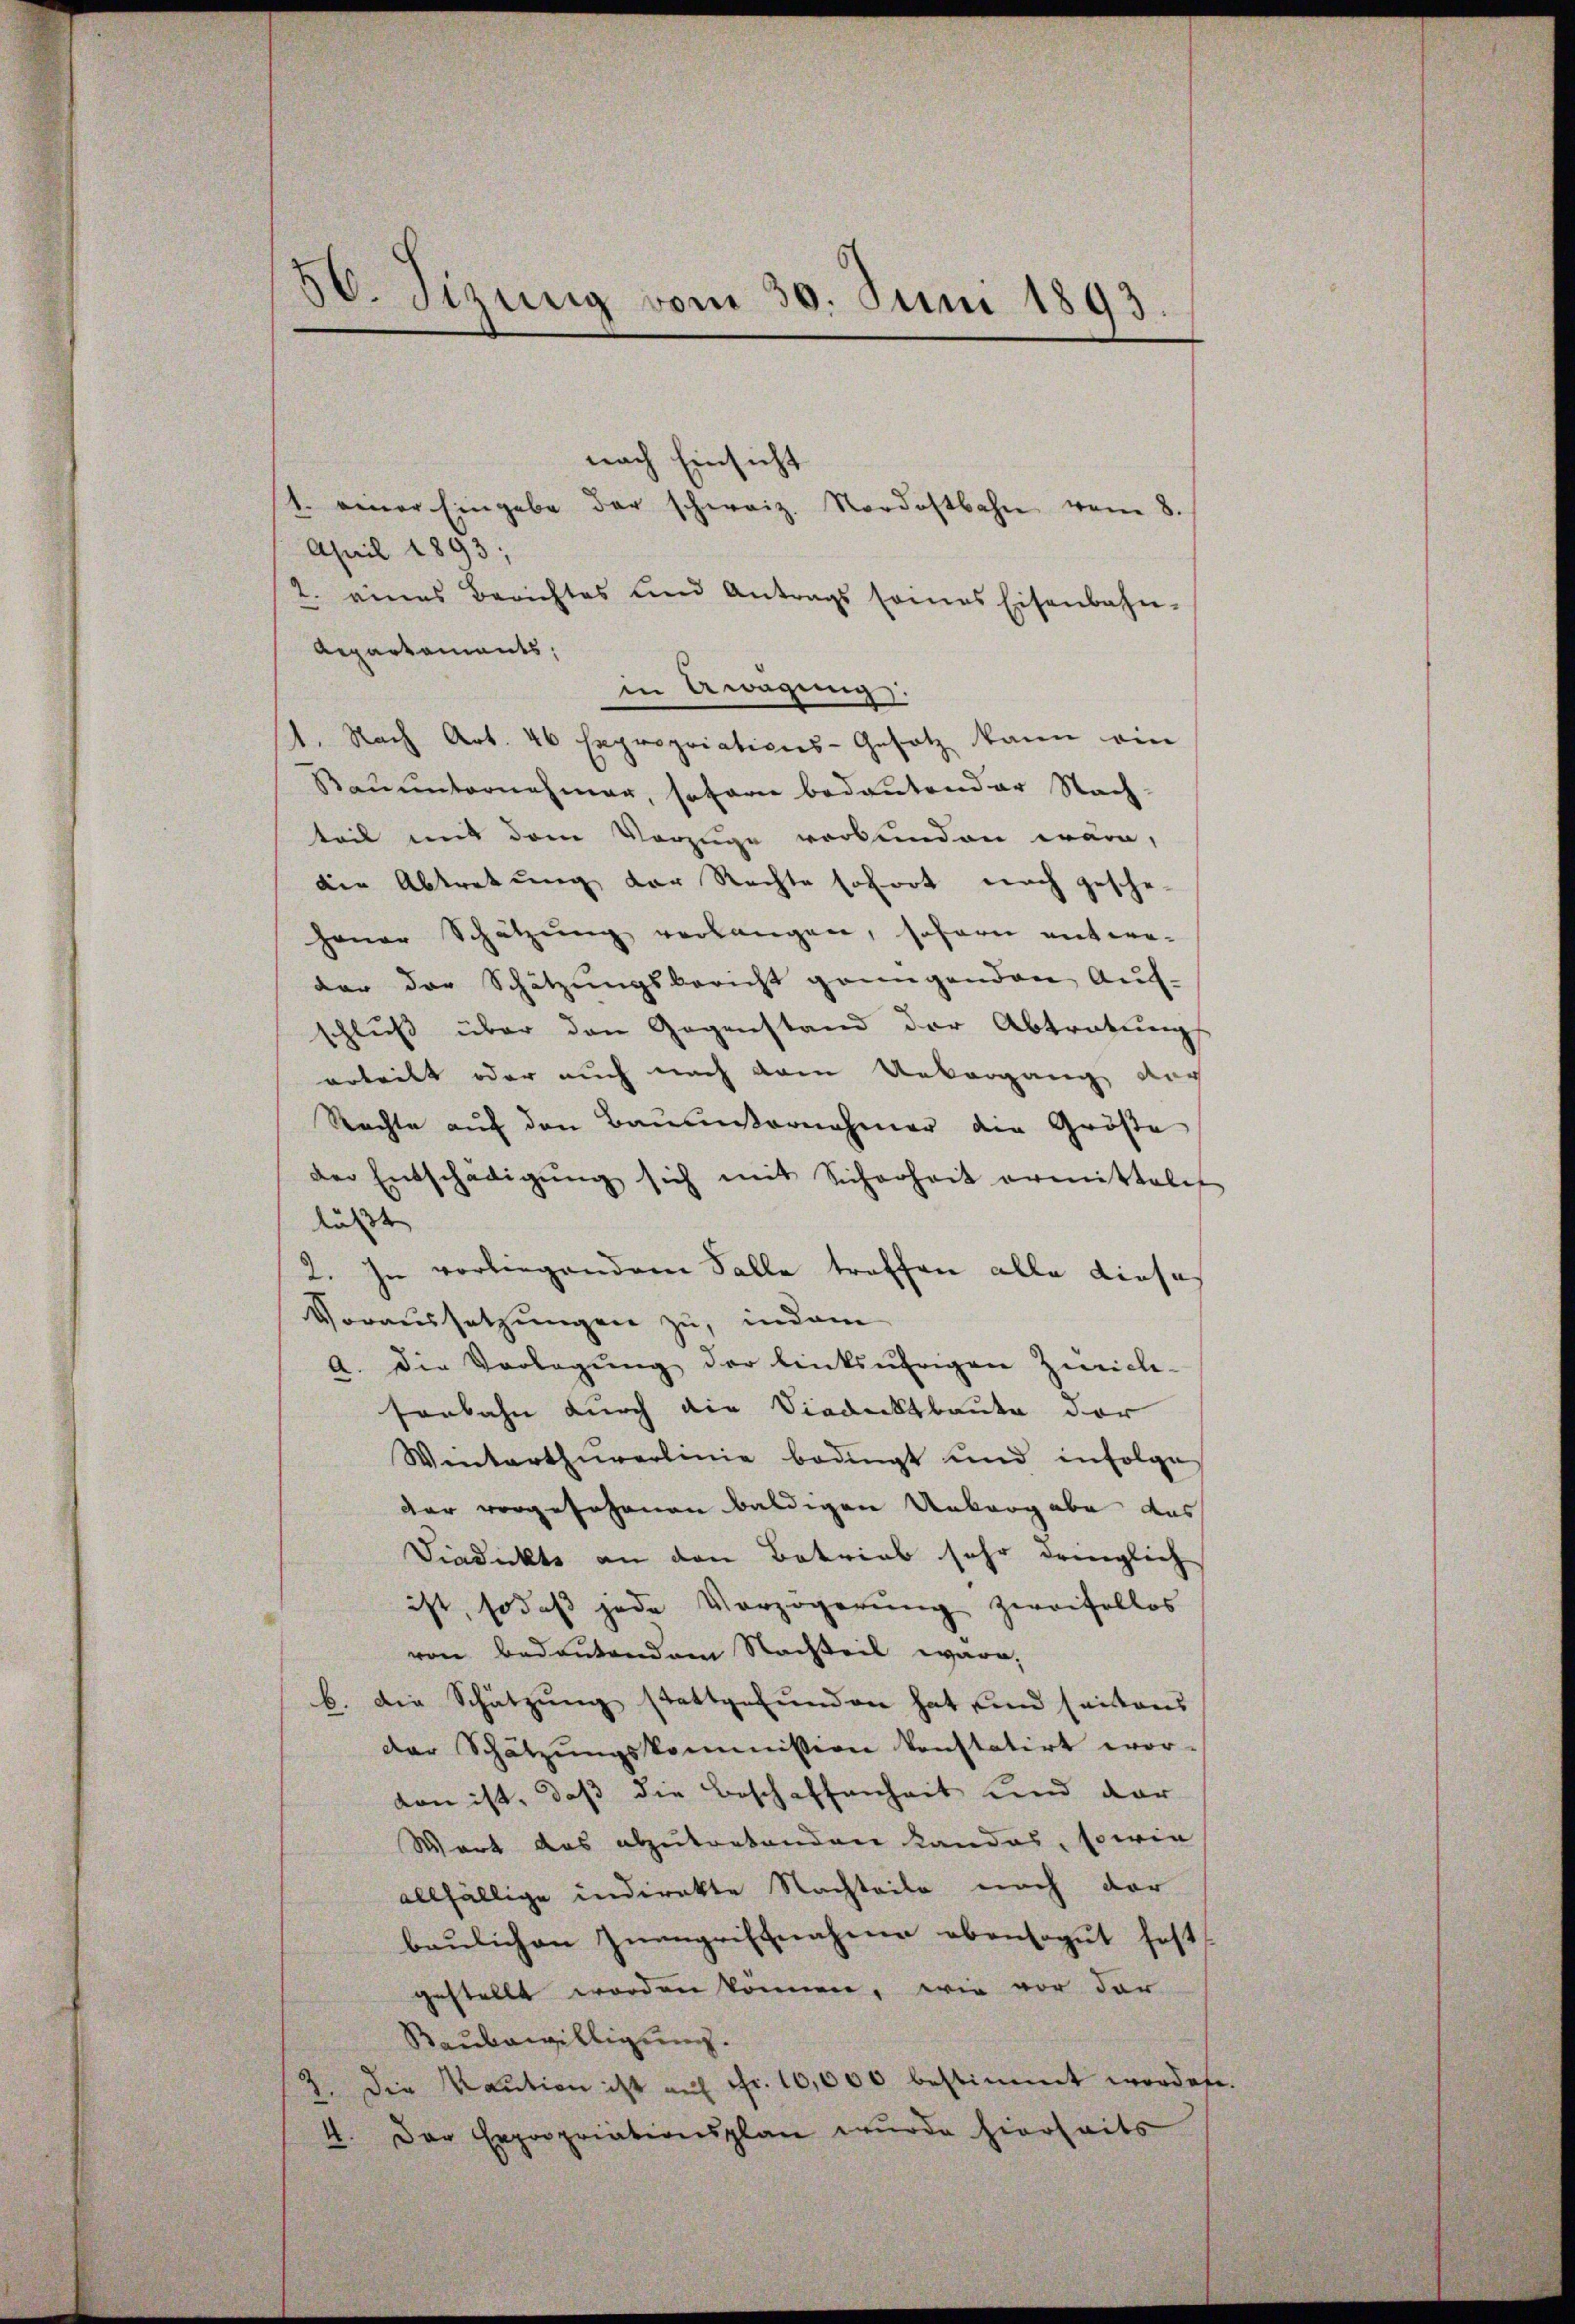
50. Sizung vom 30. Juni 1893.

nach Einsicht
1. einer Eingabe der schweiz. Nordostbahn vom 8.
April 1893;
2. eines Berichtes und Antrags seines Eisenbahn-
Aepartaments,
in Awagung.
1. Nach Art. 46 Expropriations-Gesetz kann ein
Bauunternehmer, soferne bedantender Nach-
teil mit dem Vorzüge verbunden wäre,
die Abtretung der Rechte sofort noch gesche-
hener Schätzung verlangen, sofern entweder der Schätzungsbericht grungenden Aŭf-
schluß über den Gegenstand der Abtretungs
arteilt oder auch nach vom Unkergang der
Rechte auf den Baumnornahmer die Größe
der Entschädigŭng sich mit Sicherheit ermitteln
läßt
2. In vorliegendem Falle troffen alle diese
Voraussetzungen zu, indem
a. Die Vorlegung der linksufrigen Zürich-
sonbahn durch die Siediktbaute der
Winterthurerlinie bedingt und infolge
dar vorgesehenen baldigen Unbergabe das
Dindickte an den Betrieb sehr dringlich
ist, so daβ jede Verzögerŭng zweifellos
vone bedeutendem Nachteil wäre,
b. Die Schätzung stattgefunden hat und seitens
der Schätzungskommission konstatirt wor-
von ist, daß die Beschaffenheit und dar
Wort das abzutretenden Landes, sowie
allfällige indirekte Nachteile nach der
beulichen Zugriffnahme obensogut fest.
gestellt worden können, wie vor der
Raubewilligung.
7. Die Kaŭtion ist aŭf fr. 10,000 bestimmt worden.
4. Der Expropriationsplan wurde hierseits